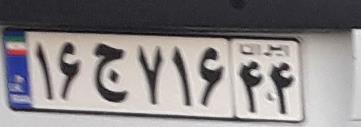
۱۶ج۷۱۶۴۴